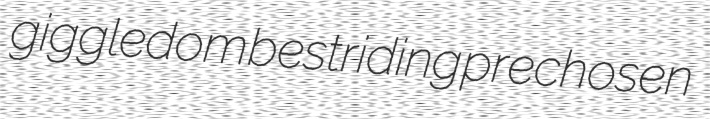
giggledom bestriding prechosen